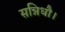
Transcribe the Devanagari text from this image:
सन्निधौ।